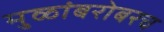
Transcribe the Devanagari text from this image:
मुळांबरोबरच